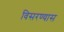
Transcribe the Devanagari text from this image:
विसरण्यास